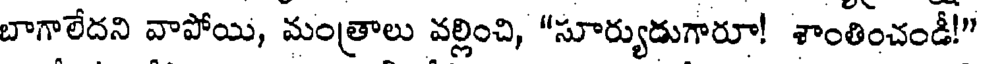
బాగాలేదని వాపోయి, మంత్రాలు వల్లించి, "సూర్యుడుగారూ! శాంతించండీ!"